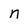
Character: n